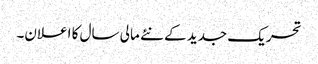
تحریک جدید کے نئے مالی سال کا اعلان۔